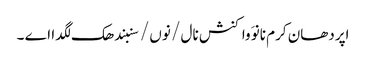
اپردھان کرم نانوَ واکنش نال / نوں / سنبندھک لگدا اے ۔